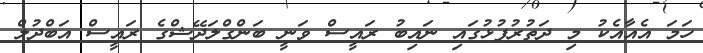
ހަމަ އެއާއެކު މި ދަތުރުފުޅުގައި ނައިބު ރައީސް ވަނީ ބަންގްލަދޭޝްގެ ރައީސް އަބްދުލް